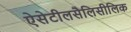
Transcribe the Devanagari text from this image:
ऐसेटीलसैलिसीलिक